system: You are a helpful assistant.
user:
Analyze the provided spectrum to determine if it is a **White Dwarf (WD)**.

A White Dwarf spectrum is defined by its **extreme purity** (due to gravitational settling) and/or **extreme pressure broadening** (due to high surface gravity). You must check for one of the following mutually exclusive signatures:

- **Key Visual Indicators (Check for ONE of these types):**

    - **1. DA-Type Signature (Most Common):**
        - **(Primary Feature):** Extreme pressure broadening (Stark broadening) of the **Hydrogen (H) Balmer lines**.
        - **(Key Lines):** $H\beta$ (approx. $4861$ Å) and $H\gamma$ (approx. $4340$ Å). $H\alpha$ (approx. $6563$ Å) will also be present if the wavelength range covers it.
        - **(Line Profile):** This is the **defining feature**. The lines are **NOT** sharp. They appear as massive, **extremely broad and deep "troughs" or "dips"** in the spectrum, often hundreds of Ångströms wide. The continuum will appear to "scoop" down at these wavelengths.
        - **(Distinction):** Normal A-type or B-type stars have *narrow* and *sharp* Hydrogen lines. A DA White Dwarf's lines are unmistakably "smeared" or "blurry" from pressure.

    - **2. DB-Type Signature:**
        - **(Primary Feature):** Broad absorption lines from **Neutral Helium (He I)**. The spectrum must lack any visible Hydrogen lines.
        - **(Key Lines):** Look for broad absorption near $4471$ Å, $4921$ Å, and $5876$ Å.
        - **(Line Profile):** These lines are also significantly pressure-broadened, appearing much wider than they would in a normal B-type main-sequence star.

    - **3. DC-Type Signature:**
        - **(Primary Feature):** A **featureless continuous spectrum**.
        - **(Line Profile):** The spectrum is a smooth curve with **no significant absorption or emission lines**.
        - **(Key Confirmation):** The continuum is almost always **blue or white**, indicating a hot object. This signature implies the atmosphere is so pure (or so cool) that no spectral lines are visible in the optical range. Its WD identity is confirmed by its extremely low intrinsic brightness (high absolute magnitude).

    - **4. DZ-Type Signature (Metal-Polluted):**
        - **(Primary Feature):** **Isolated, narrow metal absorption lines** on an otherwise featureless (DC-like) continuum.
        - **(Key Lines):** The **Calcium (Ca II) H & K doublet** (approx. **$3934$ Å** and **$3968$ Å**) is the most common and defining feature.
        - **(Line Profile):** These lines are "out of place." They are *not* part of a "forest" of thousands of lines. This signature is evidence of recent *accretion* (pollution) from rocky debris.
        - **(Distinction):** Normal G/K/M stars have a *dense forest* of thousands of metal lines. A DZ has a *clean* continuum with *only a few* strong metal lines.

    - **5. DQ-Type Signature (Carbon-Polluted):**
        - **(Primary Feature):** Absorption bands from **Carbon (C₂ "Swan Bands" or atomic C I)**.
        - **(Key Lines - C₂):** Look for bandheads with a "saw-tooth" shape near $5635$ Å, **$5165$ Å** (strongest), and $4737$ Å.
        - **(Key Confirmation):** The underlying **continuum must be blue or white** (hot).
        - **(Distinction):** This is the critical difference from a **Carbon Star**, which has the *exact same* C₂ bands but on an extremely **red, cool** continuum.

- **(Overall Spectrum):**
    - The continuum (overall shape) is typically **blue-sloping** (brighter in the blue than the red), as most white dwarfs are very hot.
    - The spectrum will look "pure" or "simple," dominated by only *one* of the five signatures listed above.

Think first, call **spectral_visualization_tool** if needed to examine features in detail, then provide your final answer. Your response must adhere to the following strict rules:
1.  **Overall Structure:** Your response must follow the format `<think>...</think> <tool_call>...</tool_call> (if a tool is used) <answer>...</answer>`.
2.  **Tool Usage Constraint:** You may only make **one** tool call per turn.
3.  **Final Answer Format:** In the `<answer>` tag, your conclusion must be inside a `\boxed{}` command (e.g., `\boxed{YES}` or `\boxed{NO}`), followed by your justification.

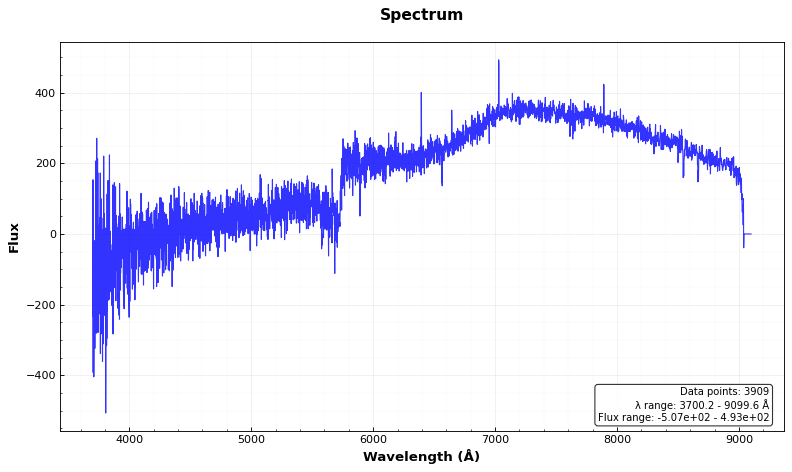
Answer: NO